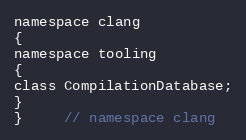
Language: C
namespace clang
{
namespace tooling
{
class CompilationDatabase;
}
}	 // namespace clang